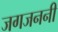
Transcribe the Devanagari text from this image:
जगजननी